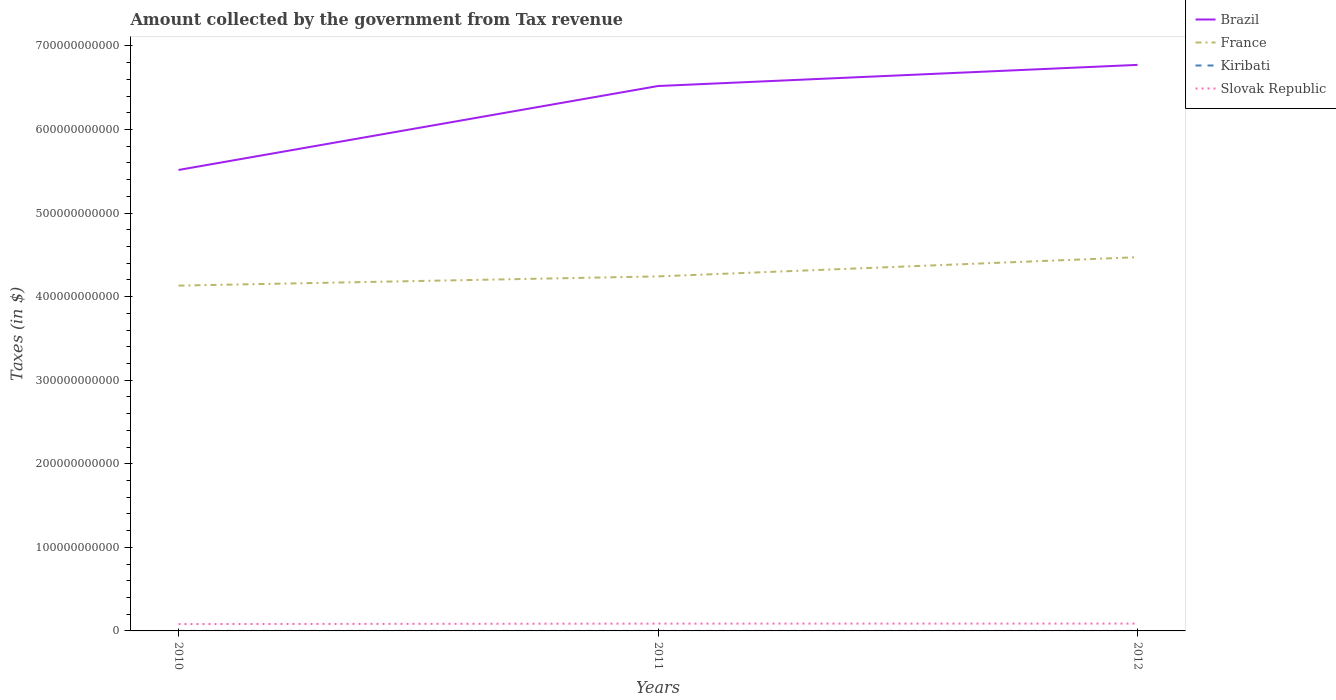
| Years | Brazil | France | Kiribati | Slovak Republic |
 | --- | --- | --- | --- | --- |
 | 2010 | 5.52e+11 | 4.13e+11 | 2.67e+07 | 8.2e+09 |
 | 2011 | 6.52e+11 | 4.24e+11 | 2.73e+07 | 8.75e+09 |
 | 2012 | 6.77e+11 | 4.47e+11 | 2.71e+07 | 8.79e+09 |